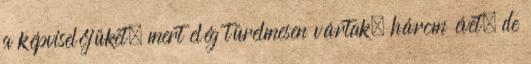
a képviselőjüket, mert elég türelmesen vártak, három évet, de